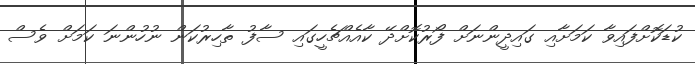
ކުޑަކޮށްފައިވާ ކަމަށާއި ގައިދީންނަށް ފޯރުކޮށްދޭ ކާއެއްޗެހީގައި ސާފު ތާހިރުކަން ނުހުންނަ ކަމަށް ވެސް